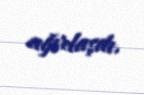
ağırlaşdı.